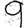
Digit: 9